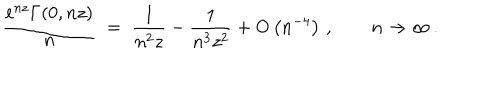
\frac { \mathrm { e } ^ { n z } \Gamma ( 0 , n z ) } { n } \; = \; \frac { 1 } { n ^ { 2 } z } - \frac { 1 } { n ^ { 3 } z ^ { 2 } } + \mathrm { O } \left( n ^ { - 4 } \right) \, , \qquad n \to \infty \, .